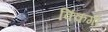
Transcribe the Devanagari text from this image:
विंकगो